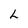
Character: L